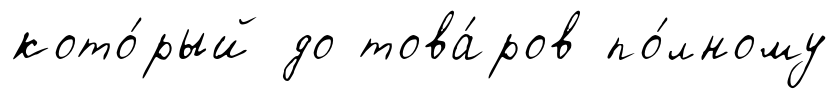
кото́рый до това́ров по́лному